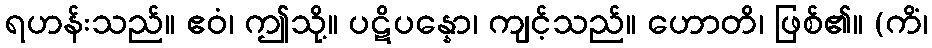
ရဟန်းသည်။ ဧဝံ၊ ဤသို့။ ပဋိပန္နော၊ ကျင့်သည်။ ဟောတိ၊ ဖြစ်၏။ (ကိံ၊